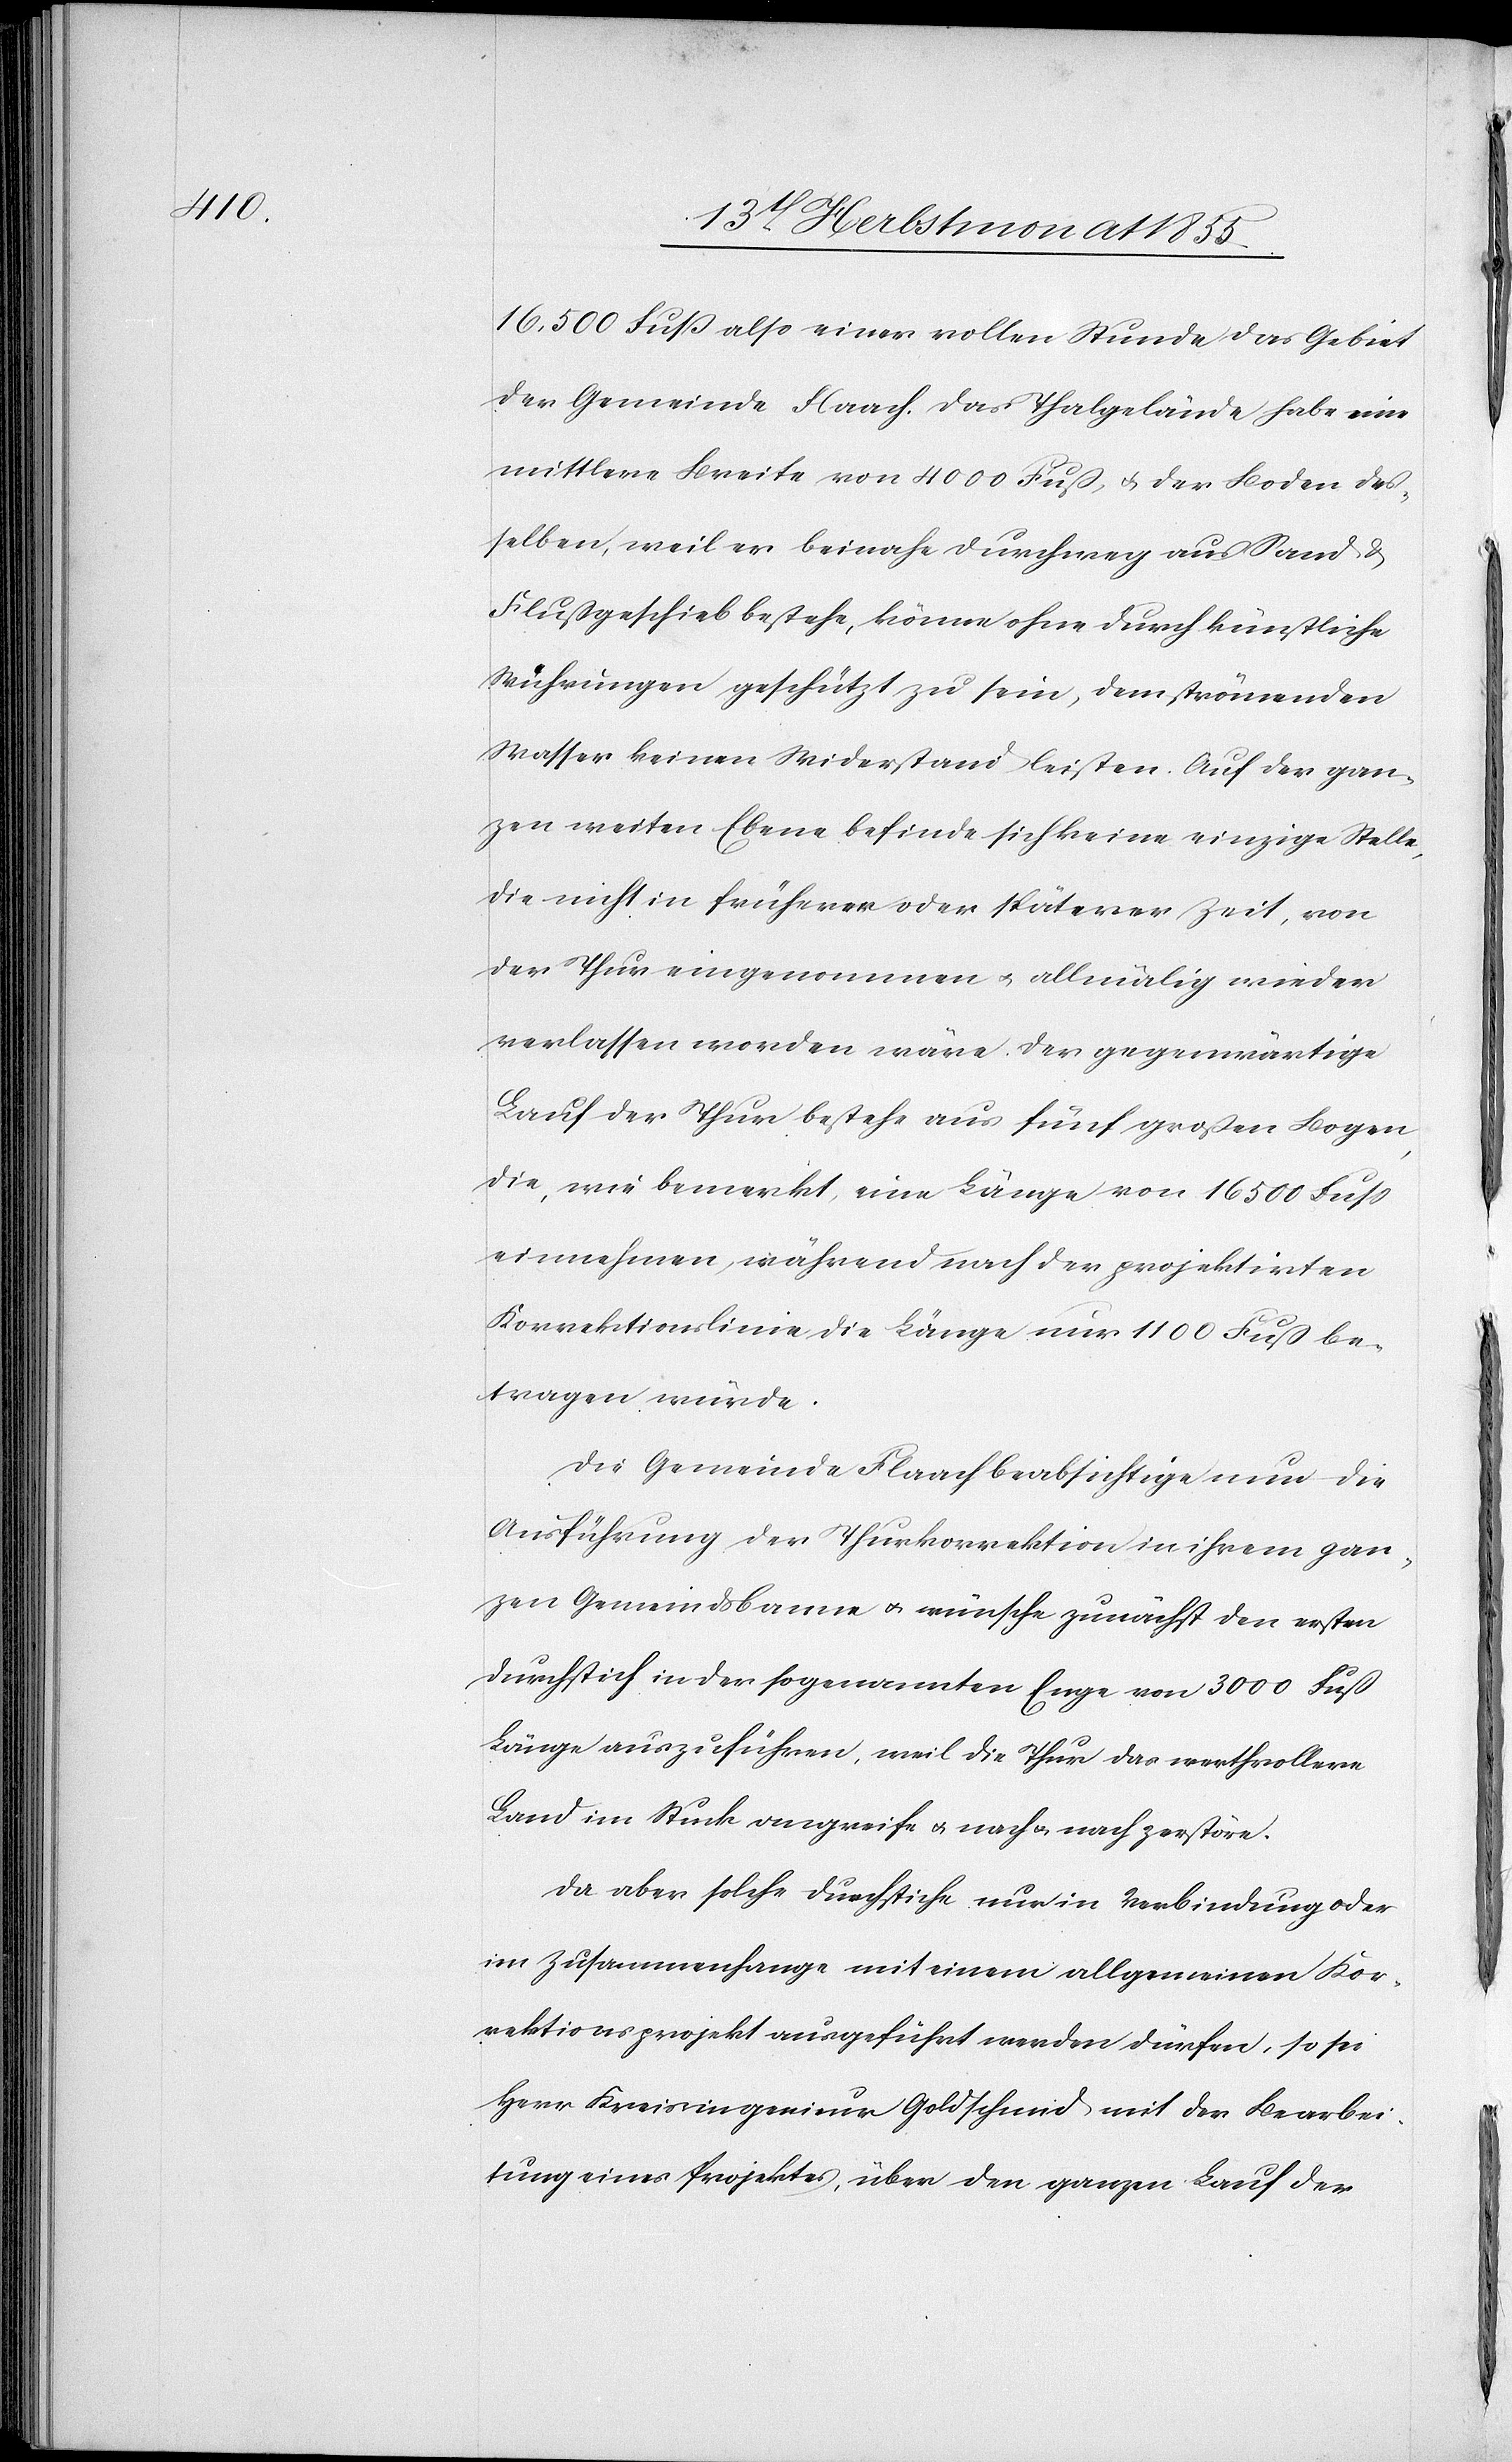
16,500 Fuß also einer vollen Stunde das Gebiet
der Gemeinde Flaach. Das Thalgelände habe eine
mittlere Breite von 4000 Fuß, & der Boden des¬
selben, weil er beinahe durchweg aus Sand &
Flußgeschieb bestehe, könne ohne durch künstliche
Wuhrungen geschützt zu sein, dem strömenden
Wasser keinen Widerstand leisten. Auf der gan¬
zen weiten Ebene befinde sich keine einzige Stelle,
die nicht in früherer oder späterer Zeit, von
der Thur eingenommen & allmälig wieder
verlassen worden wäre. Der gegenwärtige
Lauf der Thur bestehe aus fünf großen Bogen,
die, wie bemerkt, eine Länge von 16 500 Fuss
einnehmen, während nach der projektirten
Korrektionslinie die Länge nur 1100 Fuß be¬
tragen würde.
Die Gemeinde Flaach beabsichtige nun die
Ausführung der Thurkorrektion in ihrem gan¬
zen Gemeindsbanne & wünsche zunächst den ersten
Durchstich in der sogenannten Enge von 3000 Fuß
Länge auszuführen, weil die Thur das werthvollere
Land im Stuck angreife & nach & nach zerstöre.
Da aber solche Durchstiche nur in Verbindung oder
im Zusammenhange mit einem allgemeinen Kor¬
rektionsprojekt ausgeführt werden dürfen, so sei
Herr Kreisingenieur Goldschmid mit der Bearbei¬
tung eines Projektes, über den ganzen Lauf der